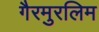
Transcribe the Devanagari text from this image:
गैरमुरलिम